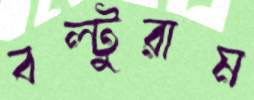
বল্টুরাম